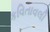
કવિતાવલી